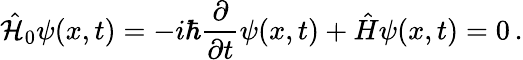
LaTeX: \hat{\mathcal{H}}_{0}\psi(x,t)=-i\hbar\frac{\partial}{\partial t}\psi(x,t)+\hat{H}\psi(x,t)=0\, .